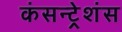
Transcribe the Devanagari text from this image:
कंसन्ट्रेशंस